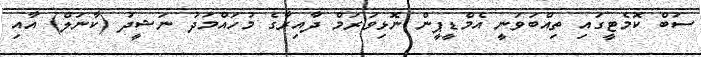
ސަބް ކޮމެޓީގައި ތިއްބަވަނީ އެމްޑީޕީން ނޮޅިވަރަމް ދާއިރާގެ މުހައްމަދު ނަޝީދު (ކާނަލް) އާއި